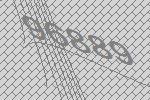
96889